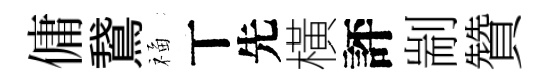
傭鵞福丅先橫評剬贊